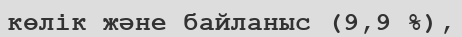
көлік және байланыс (9,9 %),